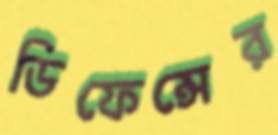
ডিফেন্সের